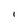
Character: I